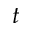
t